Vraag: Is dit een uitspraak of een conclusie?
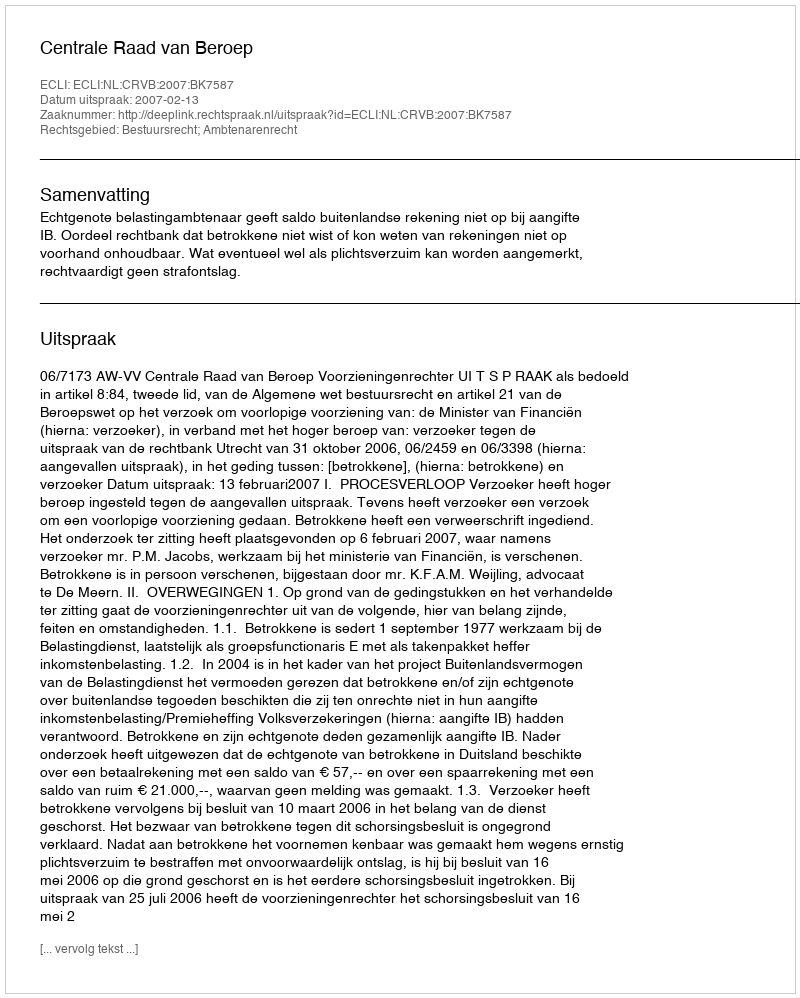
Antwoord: Uitspraak